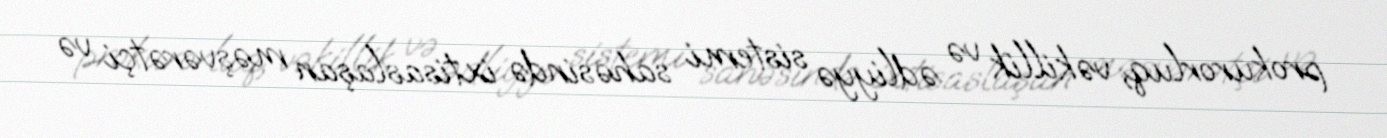
prokurorluq, vəkillik və ədliyyə sistemi sahəsində ixtisaslaşan məşvərətçi və